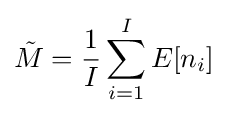
{\tilde {M}}={\frac {1}{I}}\sum _{i=1}^{I}E[n_{i}]